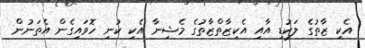
އެކި ޒާތުގެ ލަކުޑި އާއި އެކިޒާތްޒާތުގެ މެޝިނާ އެކި ކުނި ހޮވައިގެން އެތަނުން